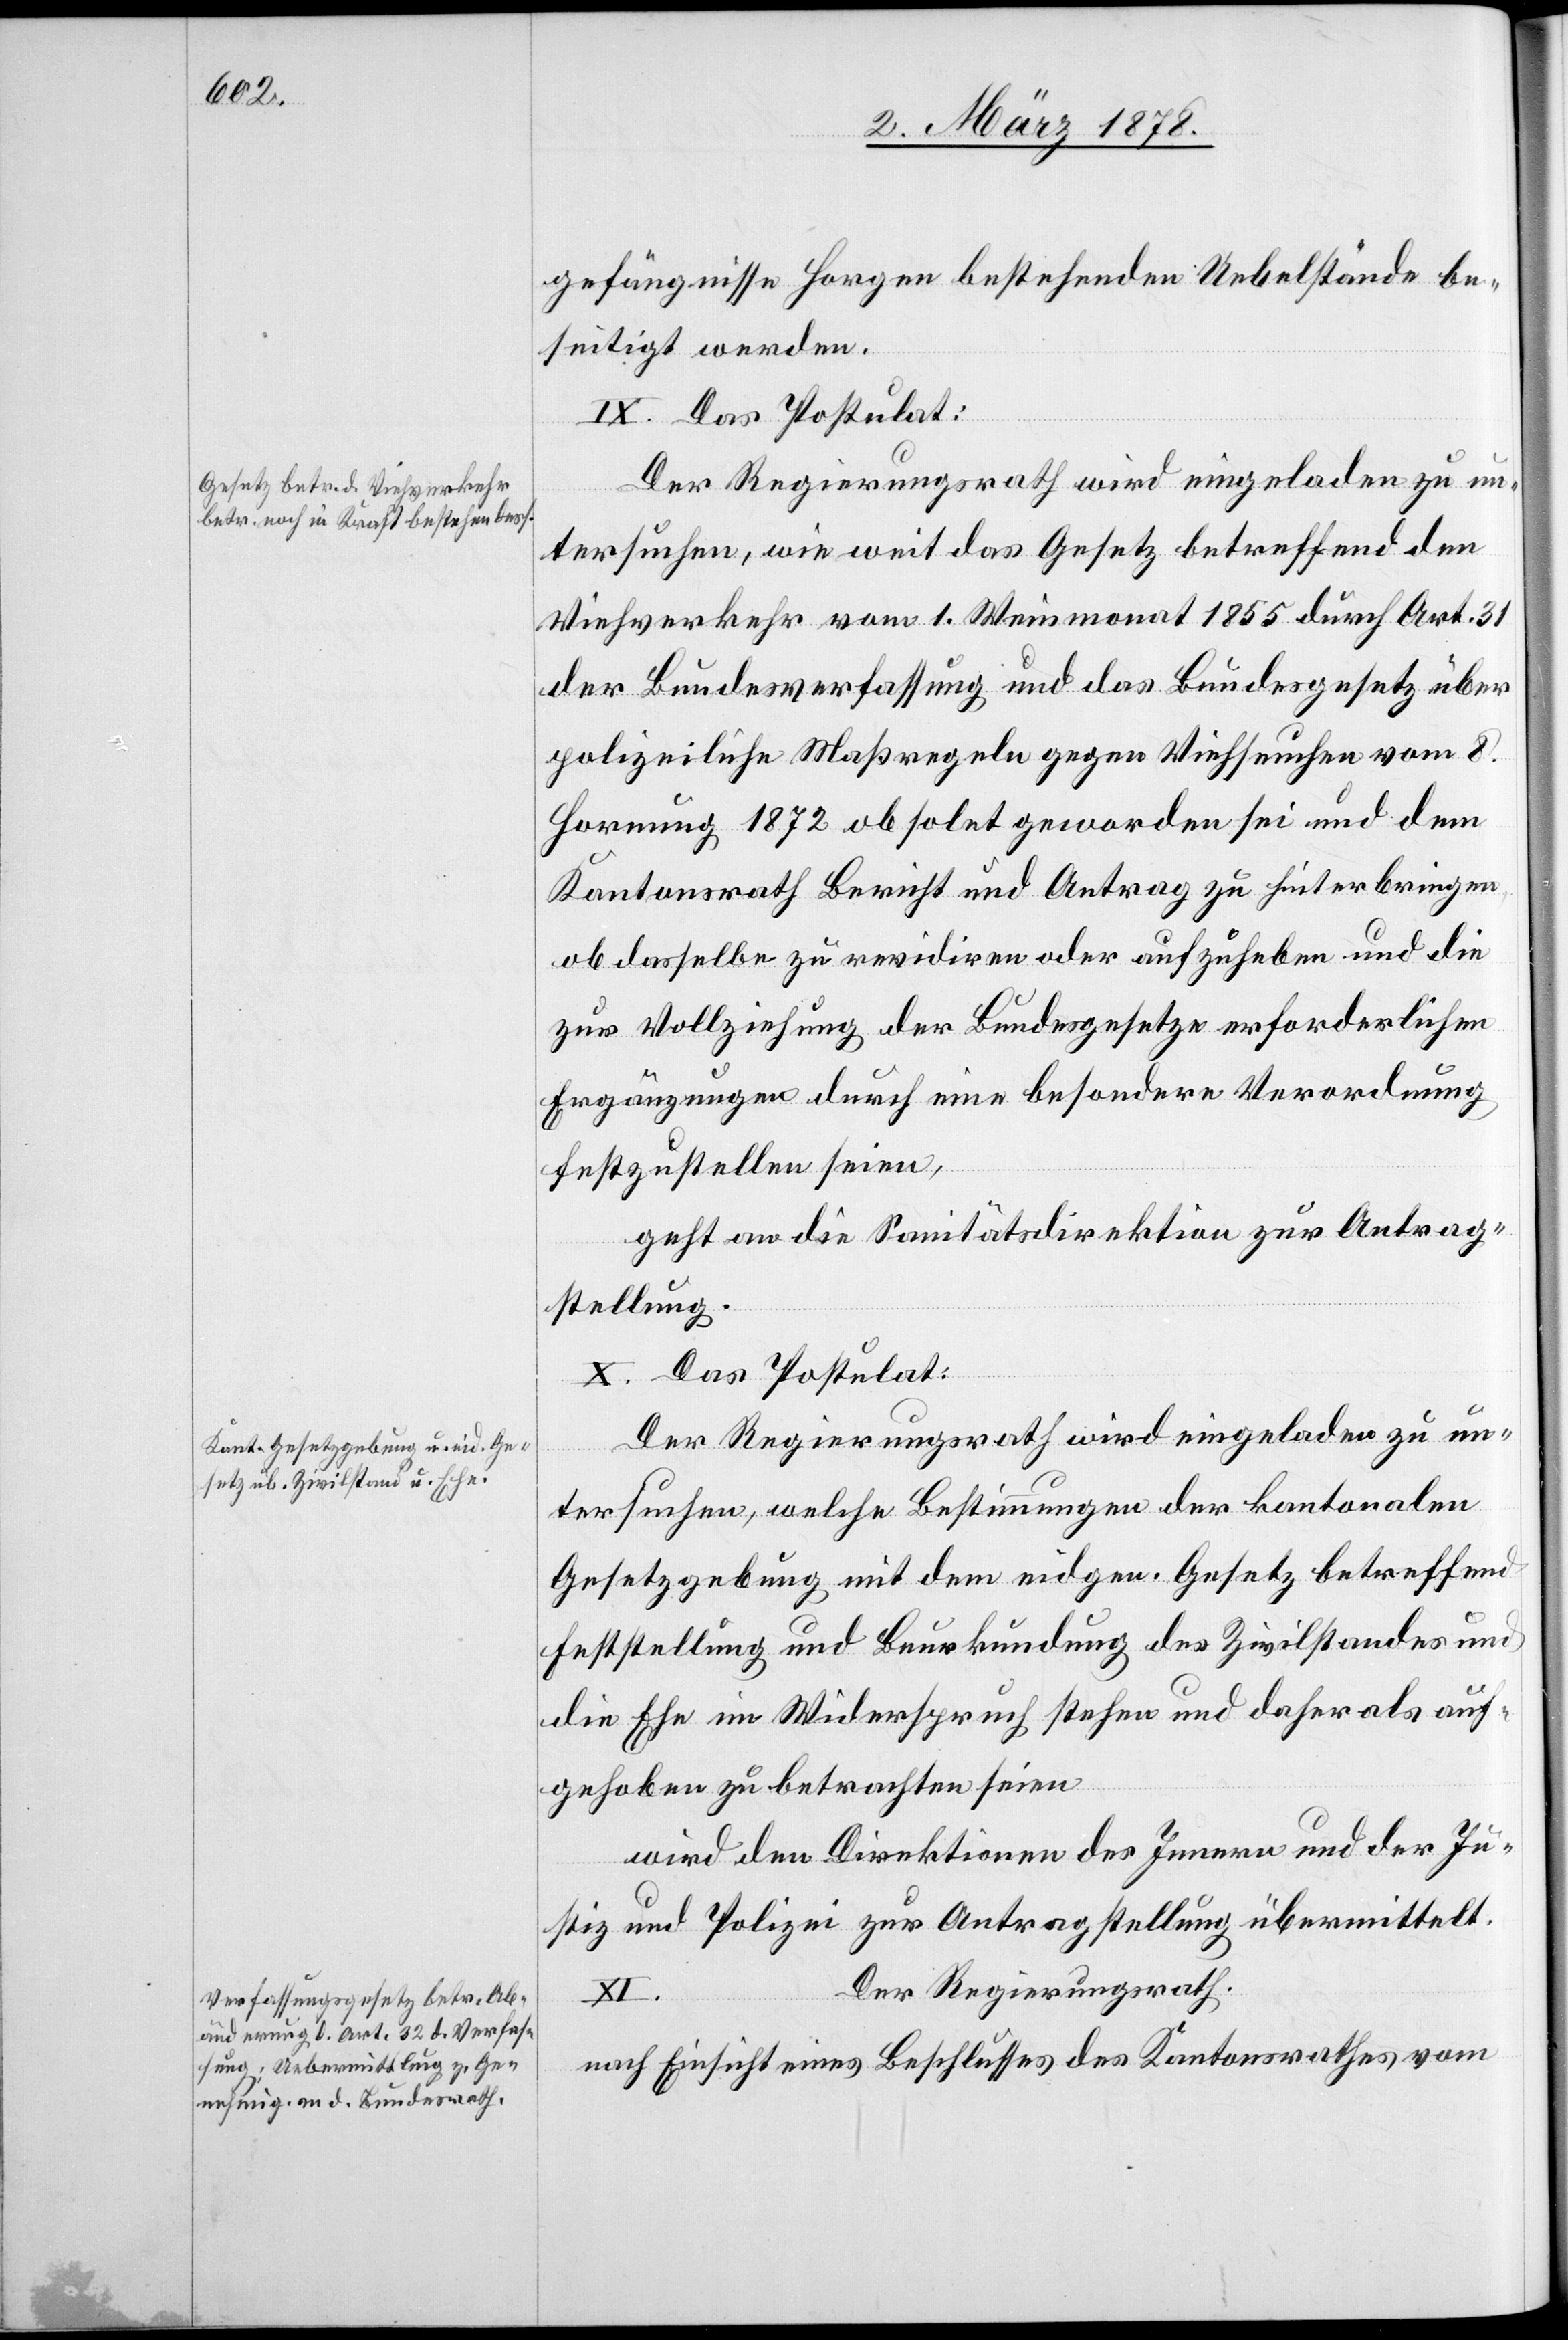
gefängnisse Horgen bestehenden Uebelstände be¬
seitigt werden.
IX. Das Postulat:
tersuchen, wie weit das Gesetz betreffend den
Viehverkehr vom 1. Weinmonat 1855 durch Art. 31
der Bundesverfassung und das Bundesgesetz über
polizeiliche Maßregeln gegen Viehseuchen vom 8.
Hornung 1872 obsolet geworden sei und dem
Kantonsrath Bericht und Antrag zu hinterbringen,
ob dasselbe zu revidiren oder aufzuheben und die
zur Vollziehung der Bundesgesetze erforderlichen
Ergänzungen durch eine besondere Verordnung
festzustellen seien,
geht an die Sanitätsdirektion zur Antrag¬
stellung.
X. Das Postulat:
Der Regierungsrath wird eingeladen zu un¬
tersuchen, welche Bestimmungen der kantonalen
Gesetzgebung mit dem eidgen. Gesetz betreffend
Feststellung und Beurkundung des Zivilstandes und
die Ehe im Widerspruch stehen und daher als auf¬
gehoben zu betrachten seien
wird den Direktionen des Innern und der Ju¬
stiz und Polizei zur Antragstellung übermittelt.
Der Regierungsrath
nach Einsicht eines Beschlusses des Kantonsrathes vom